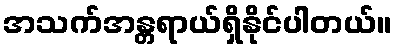
အသက်အန္တရာယ်ရှိနိုင်ပါတယ်။